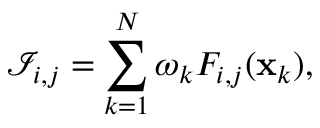
\mathcal { I } _ { i , j } = \sum _ { k = 1 } ^ { N } \omega _ { k } F _ { i , j } ( \mathbf { x } _ { k } ) ,